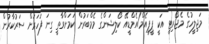
މަޖިލީހުގެ މެޖޯރިޓީ އަކީ ޕީޕީއެމް/އެމްޑީއޭ ކޯލިޝަންގެ މެމްބަރުން ކަމަށްވާތީ ގިނަ ފަހަރަށް ސަރުކާރުން